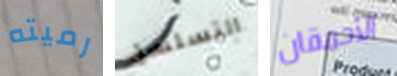
رميته التسلسل الأحمقان